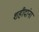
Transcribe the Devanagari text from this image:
शहीदांना